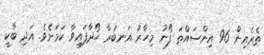
ތެރެއިން 96 އިންސައްތަ ފޯނު މިހާރު އަނބުރާ ހޯދާފައިވާ ކަމަށެވެ. އަދި ބާކީ